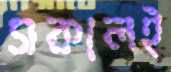
সকালই